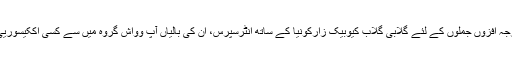
درجہ افزوں جملوں کے لئے گلابی گلاب کیوبیک زارکونیا کے ساتھ انٹرسپرس، ان کی بالیاں آپ وواش گروہ میں سے کسی اککیسوریی ۔